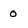
Character: 0